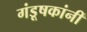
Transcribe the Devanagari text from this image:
गंडूषकांनीं